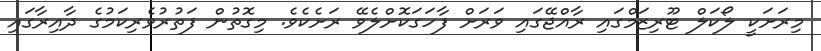
މިރަށަކީ ލޯކަލް ޓޫރިޒަމްގައި ރާއްޖޭގައި ވަރަށް ފާހަގަކޮށްލެވޭ ރަށެކެވެ. މިގޮތުން ފަތުރުވެރިކަމުގެ ދާއިރާގައި